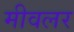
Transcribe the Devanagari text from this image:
मीवलर